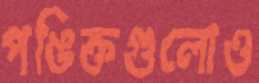
পঙিক্তগুলোও